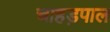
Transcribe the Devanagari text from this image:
चाहड़पाल